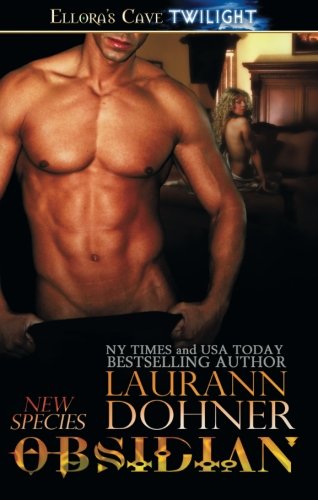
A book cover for Obsidian (New Species); Laurann Dohner; Romance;